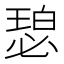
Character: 𬍾